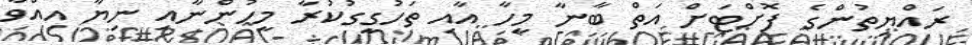
ރައްޔިތުންގެ ފޮށްޓަށް އަތް ބާނާ މީހާ އާއި ތަހުގީގުކުރާ މީހުންނާއި ނިޔާ އިއްވާ